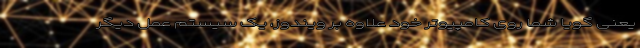
یعنی گویا شما روی کامپیوتر خود علاوه بر ویندوز، یک سیستم عمل دیگر